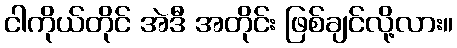
ငါကိုယ်တိုင် အဲဒီ အတိုင်း ဖြစ်ချင်လို့လား။